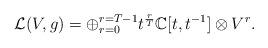
LaTeX: \begin{align*}\mathcal{L}(V, g)=\oplus_{r=0}^{r=T-1}t^{\frac{r}{T}}\mathbb{C}[t, t^{-1}]\otimes V^r.\end{align*}